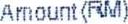
AMOUNT(RM)